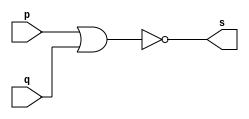
// --------------------- 
// Exemplo0007 - nor 
// Nome: Andr Henriques Fernandes 
// --------------------- 
 
// --------------------- 
// -- nor gate 
// --------------------- 
 
module norgate (output [0:3] s, 
                             input   [0:3] p, 
                             input   [0:3] q); 
 assign s = ~(p | q); 
endmodule // nor
 
// --------------------- 
// -- test norgate 
// --------------------- 
module testnorgate; 
// ------------------------- dados locais 
   reg  [0:3] a,b; // definir registrador 
   wire [0:3] s;    // definir conexao (fio) 
// ------------------------- instancia 
   norgate NOR1 (s, a, b);  
// ------------------------- preparacao 
   initial begin:start 
      a=4'b0011;   // 4 valores binarios 
      b=4'b0101;   // 4 valores binarios 
   end 
 
// ------------------------- parte principal 
   initial begin:main 
      $display("Exemplo0007 - Andre Henriques Fernandes - 427386"); 
      $display("Test nor gate"); 
      $display("\n ~(a   &   b)  =   s\n"); 
      $monitor("~(%b & %b) = %b", a, b, s); 
  #1  a=4'b0000;    b=4'b0001;     
  #1  a=4'b0010;    b=4'b0011;  
  #1  a=4'b0100;    b=4'b0101;  
  #1  a=4'b0110;    b=4'b0111;    
  #1  a=4'b1000;    b=4'b1001;     
  #1  a=4'b1010;    b=4'b1011;    
 
 end 
 
endmodule // testnorgate